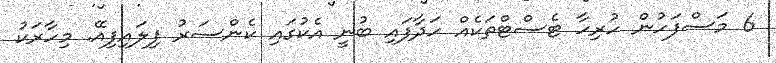
6 މަސްފަހުން ހުރިހާ ޓެސްޓްތަކެއް ހަދާފައި ބުނީ އެކުގައި ކެންސަރު ފިލައިފިއޭ. މިހާރަކު